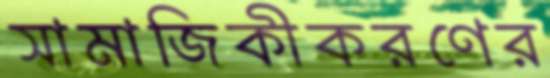
সামাজিকীকরণের